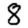
Digit: 8